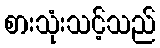
စားသုံးသင့်သည်